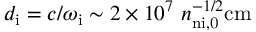
d _ { \mathrm { i } } = c / \omega _ { \mathrm { i } } \sim 2 \times 1 0 ^ { 7 } ~ n _ { \mathrm { n { i , } 0 } } ^ { - 1 / 2 } \mathrm { c m }